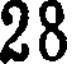
28